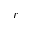
r